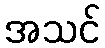
အသင်